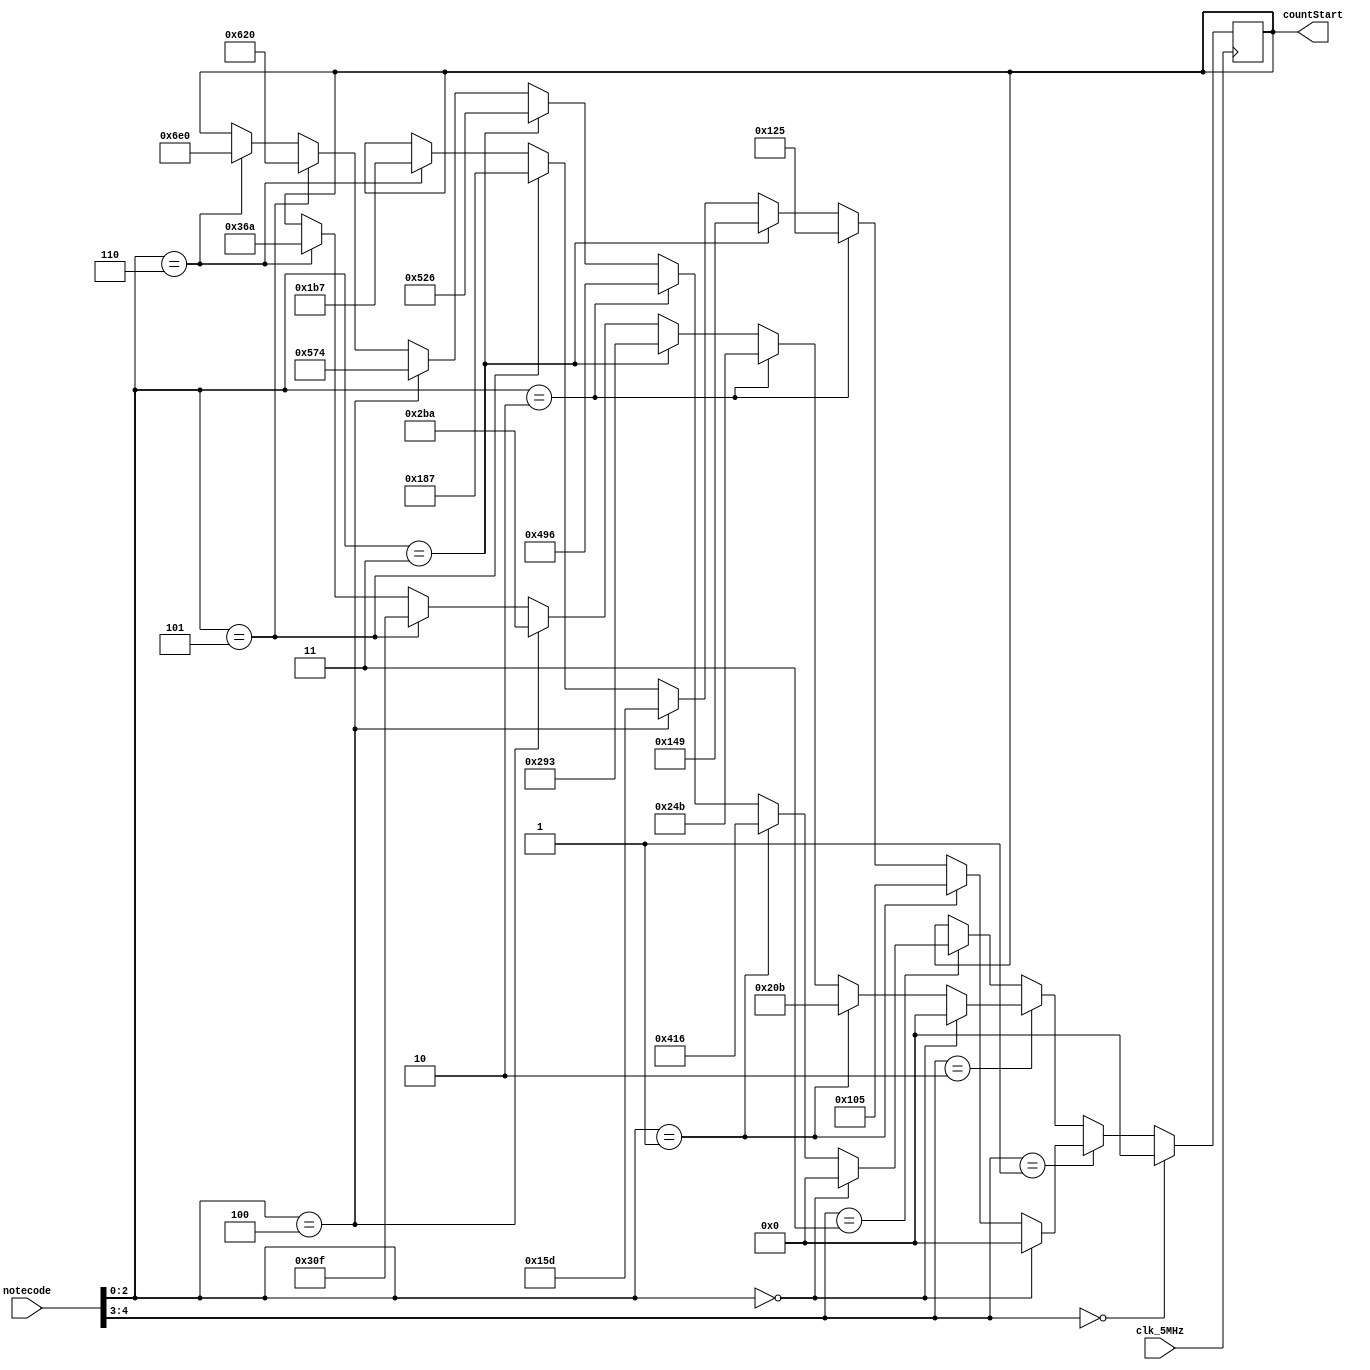
`timescale 1ns / 1ps
//////////////////////////////////////////////////////////////////////////////////
// Company: 
// Engineer: 
// 
// Design Name: 
// Module Name: keytofrequency
// Project Name: 
// Target Devices: 
// Tool Versions: 
// Description: 
// 
// Dependencies: 
// 
// Revision:
// Revision 0.01 - File Created
// Additional Comments:
// 
//////////////////////////////////////////////////////////////////////////////////


module keytofrequency(clk_5MHz, notecode, countStart);

input  clk_5MHz;
input wire[4:0] notecode;



/*****************************************************************************/
output reg[13:0] countStart;

initial begin
countStart = 14'd0;
end

always @ (posedge clk_5MHz)
begin
// write your code here
// you can also modify other parts.
    if ( notecode[4:3] == 2'b00 )begin
    countStart <= 14'd0;
    end
    
    else if ( notecode[4:3] == 2'b01  ) begin 
        if ( notecode[2:0] == 3'b000 ) begin 
        countStart <= 14'd0;
        end
        
        else if ( notecode[2:0] == 3'b001 ) begin
        countStart <= 14'd261; 
        end
        
        else if ( notecode[2:0] == 3'b010 ) begin
        countStart <= 14'd293; 
        end
        
        else if ( notecode[2:0] == 3'b011 ) begin
        countStart <= 14'd329; 
        end
        
        else if ( notecode[2:0] == 3'b100 ) begin
        countStart <= 14'd349; 
        end
        
        else if ( notecode[2:0] == 3'b101 ) begin
        countStart <= 14'd391; 
        end
        
        else if ( notecode[2:0] == 3'b110 ) begin
        countStart <= 14'd439; 
        end
        
        else if ( notecode[2:0] == 3'b11 ) begin
        countStart <= 14'd493; 
        end
    end
    
    else if ( notecode[4:3] == 2'b10  ) begin 
    
            if ( notecode[2:0] == 3'b000 ) begin 
        countStart <= 14'd0;
        end
        
        else if ( notecode[2:0] == 3'b001 ) begin
        countStart <= 14'd523; 
        end
        
        else if ( notecode[2:0] == 3'b010 ) begin
        countStart <= 14'd587; 
        end
        
        else if ( notecode[2:0] == 3'b011 ) begin
        countStart <= 14'd659; 
        end
        
        else if ( notecode[2:0] == 3'b100 ) begin
        countStart <= 14'd698; 
        end
        
        else if ( notecode[2:0] == 3'b101 ) begin
        countStart <= 14'd783; 
        end
        
        else if ( notecode[2:0] == 3'b110 ) begin
        countStart <= 14'd874; 
        end
        
        else if ( notecode[2:0] == 3'b11 ) begin
        countStart <= 14'd987; 
        end
    end
    
    else if ( notecode[4:3] == 2'b11  ) begin 
    
            if ( notecode[2:0] == 3'b000 ) begin 
        countStart <= 14'd0;
        end
        
        else if ( notecode[2:0] == 3'b001 ) begin
        countStart <= 14'd1046; 
        end
        
        else if ( notecode[2:0] == 3'b010 ) begin
        countStart <= 14'd1174; 
        end
        
        else if ( notecode[2:0] == 3'b011 ) begin
        countStart <= 14'd1318; 
        end
        
        else if ( notecode[2:0] == 3'b100 ) begin
        countStart <= 14'd1396; 
        end
        
        else if ( notecode[2:0] == 3'b101 ) begin
        countStart <= 14'd1568; 
        end
        
        else if ( notecode[2:0] == 3'b110 ) begin
        countStart <= 14'd1760; 
        end
        
        else if ( notecode[2:0] == 3'b11 ) begin
        countStart <= 14'd1974; 
        end
    end
end	

/*****************************************************************************/
// YOU SHOULD UNCOMMENT THIS FOR EXERCISE 2C
// output wire[13:0] countStart;
// blk_mem_gen_0 BRAMROM(
//        .clka(clk_5MHz),
//        .addra(notecode),
//        .douta(countStart),
//        .ena(1)
//       );
   
endmodule